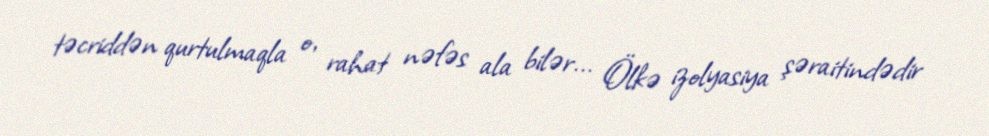
təcriddən qurtulmaqla o, rahat nəfəs ala bilər... Ölkə izolyasiya şəraitindədir